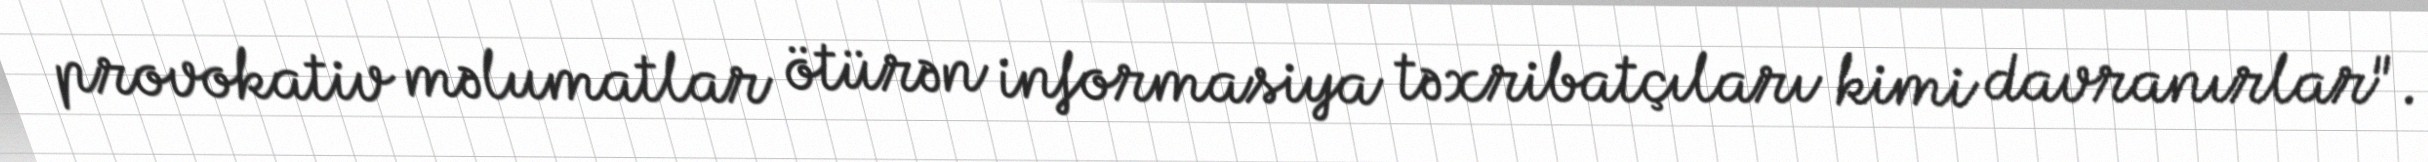
provokativ məlumatlar ötürən informasiya təxribatçıları kimi davranırlar".